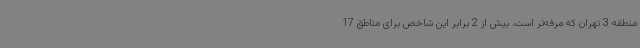
منطقه 3 تهران که مرفه‌تر است، بیش از 2 برابر این شاخص برای مناطق 17